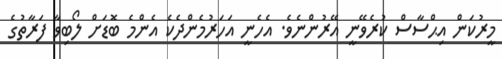
މީރުކަން އިޙްސާސް ކުރެވޭނީ އޭރުންނެވެ. އެހެނީ އަހަރުމެންދެކެ އެންމެ ބޮޑަށް ލޯބިވާ ފަރާތުގެ